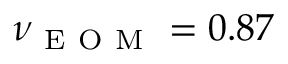
\nu _ { \mathrm { ~ E ~ O ~ M ~ } } = 0 . 8 7